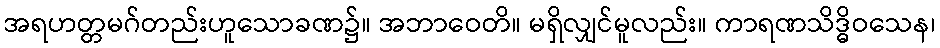
အရဟတ္တမဂ်တည်းဟူသောခဏ၌။ အဘာဝေတိ။ မရှိလျှင်မူလည်း။ ကာရဏသိဒ္ဓိဝသေန၊